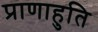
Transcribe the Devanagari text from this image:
प्राणाहुति